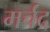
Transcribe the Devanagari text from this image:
मर्चंद